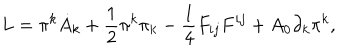
LaTeX: L = \pi ^ { k } \dot { A } _ { k } + \frac { 1 } { 2 } \pi ^ { k } \pi _ { k } - \frac { 1 } { 4 } F _ { i j } F ^ { i j } + A _ { 0 } \partial _ { k } \pi ^ { k } ,